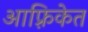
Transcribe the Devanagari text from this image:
आफ़्रिकेत